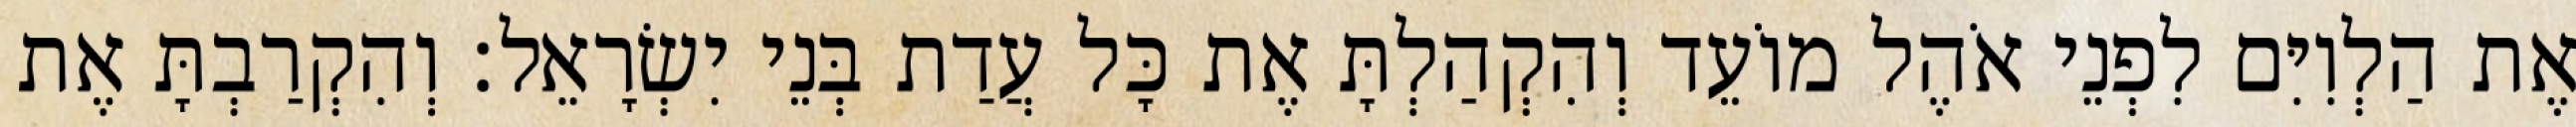
אֶת הַלְוִיִּם לִפְנֵי אֹהֶל מוֹעֵד וְהִקְהַלְתָּ אֶת כָּל עֲדַת בְּנֵי יִשְׂרָאֵל׃ וְהִקְרַבְתָּ אֶת